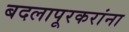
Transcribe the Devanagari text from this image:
बदलापूरकरांना